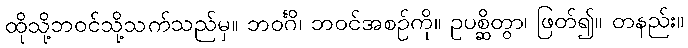
ထိုသို့ဘဝင်သို့သက်သည်မှ။ ဘဝင်္ဂိ၊ ဘဝင်အစဉ်ကို။ ဥပစ္ဆိတွာ၊ ဖြတ်၍။ တနည်း။